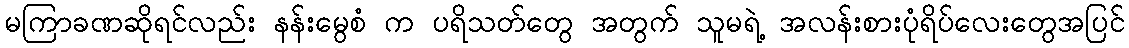
မကြာခဏဆိုရင်လည်း နန်းမွေစံ က ပရိသတ်တွေ အတွက် သူမရဲ့ အလန်းစားပုံရိပ်လေးတွေအပြင်